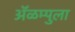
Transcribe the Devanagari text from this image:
ॲळम्पुला